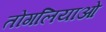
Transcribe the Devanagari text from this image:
तोंगलियाओ